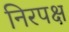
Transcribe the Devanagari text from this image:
निरपक्ष